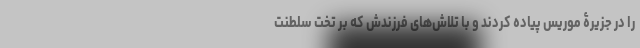
را در جزیرۀ موریس پیاده کردند و با تلاش‌های فرزندش که بر تخت سلطنت